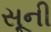
સૂની